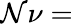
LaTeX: \mathcal{N}\nu=